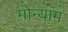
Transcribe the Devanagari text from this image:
मोन्यांग